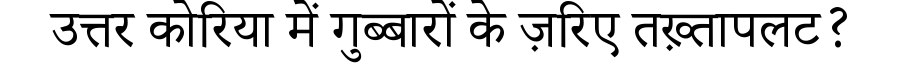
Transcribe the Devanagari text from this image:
उत्तर कोरिया में गुब्बारों के ज़रिए तख़्तापलट?